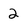
Character: 2